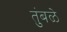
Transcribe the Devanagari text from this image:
तुंबळे